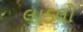
લાડલો